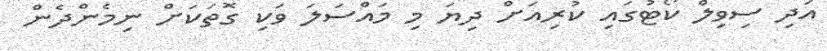
އަދި ސިވިލް ކޯޓުގައި ކުރިއަށް ދިޔަ މި މައްސަލަ ވަކި ގޮތަކަށް ނިމެންދެން